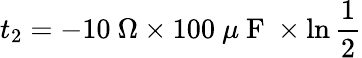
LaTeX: t_{2}=-10\mathrm{~}\Omega\times 100\mathrm{~}\mu\mathrm{~F~}\times\ln\frac{1}{2}